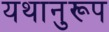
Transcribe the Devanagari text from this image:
यथानुरूप